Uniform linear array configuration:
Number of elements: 16
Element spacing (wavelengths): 1
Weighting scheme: blackman
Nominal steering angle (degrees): -30
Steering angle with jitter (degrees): -31.688
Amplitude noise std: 0.05
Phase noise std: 0.05

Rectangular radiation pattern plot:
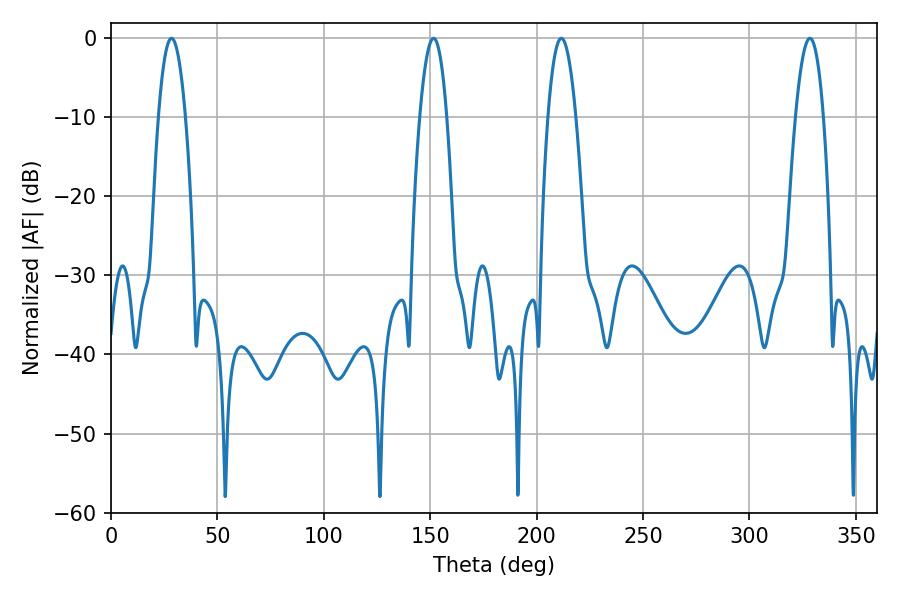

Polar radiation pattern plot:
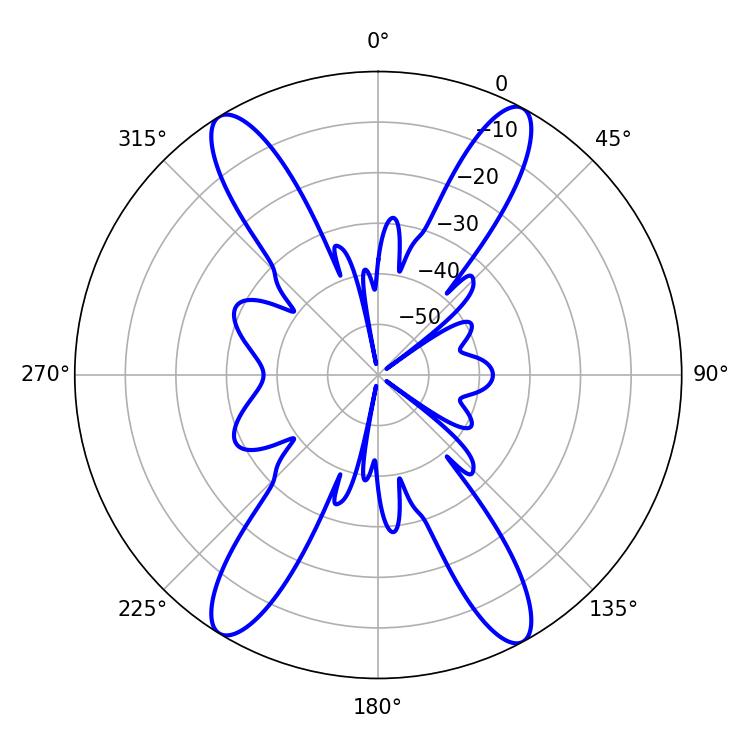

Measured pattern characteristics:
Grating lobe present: TRUE
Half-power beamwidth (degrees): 7.02
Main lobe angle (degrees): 28.44